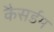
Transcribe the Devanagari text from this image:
कैसर्डम